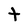
Character: t